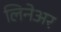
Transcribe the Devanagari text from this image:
लिनेअर